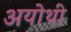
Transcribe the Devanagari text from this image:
अयोथी